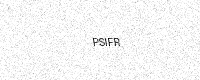
Text: PSIFR